Civil Veterinary Department. Madras. Admin. report 1926-33 - 1926-1933
Year: 1926
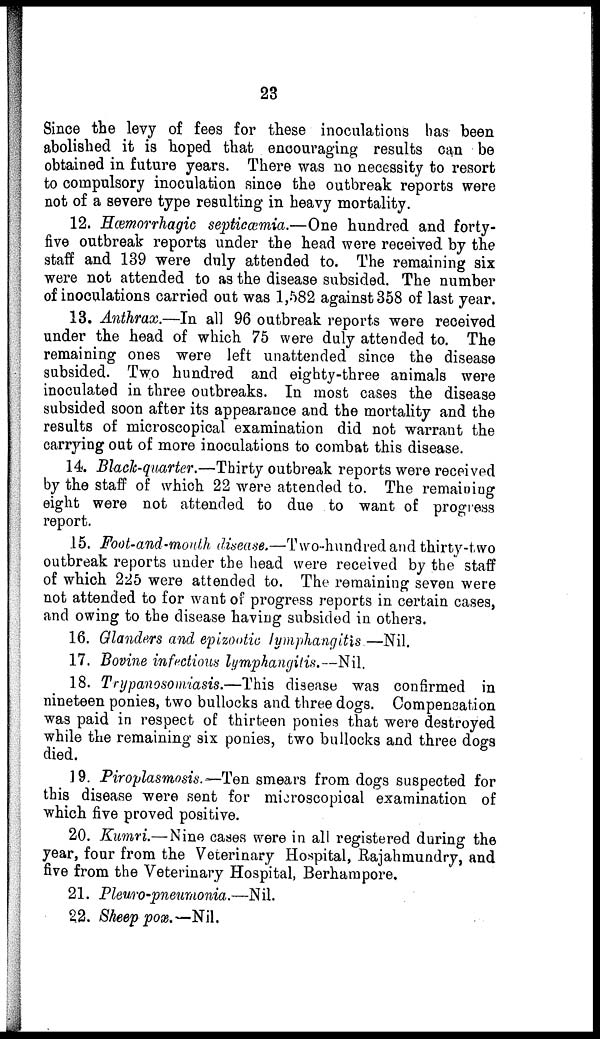
23
Since the levy of fees for these inoculations has been
abolished it is hoped that encouraging results can be
obtained in future years. There was no necessity to resort
to compulsory inoculation since the outbreak reports were
not of a severe type resulting in heavy mortality.
12. Hæmorrhagic septicæmia.—One hundred and forty-
five outbreak reports under the head were received by the
staff and 139 were duly attended to. The remaining six
were not attended to as the disease subsided. The number
of inoculations carried out was 1,582 against 358 of last year.
13. Anthrax.—In all 96 outbreak reports were received
under the head of which 75 were duly attended to. The
remaining ones were left unattended since the disease
subsided. Two hundred and eighty-three animals were
inoculated in three outbreaks. In most cases the disease
subsided soon after its appearance and the mortality and the
results of microscopical examination did not warrant the
carrying out of more inoculations to combat this disease.
14. Black-quarter.—Thirty outbreak reports were received
by the staff of which 22 were attended to. The remaining
eight were not attended to due to want of progress
report.
15. Foot-and-mouth disease.—Two-hundred and thirty-two
outbreak reports under the head were received by the staff
of which 225 were attended to. The remaining seven were
not attended to for want of progress reports in certain cases,
and owing to the disease having subsided in others.
16. Glanders and epizootic lymphangitis—Nil.
17. Bovine infrctious lymphangitis.—Nil.
18. Trypanosomiasis.—This disease was confirmed in
nineteen ponies, two bullocks and three dogs. Compensation
was paid in respect of thirteen ponies that were destroyed
while the remaining six ponies, two bullocks and three dogs
died.
19. Piroplasmosis.—Ten smears from dogs suspected for
this disease were sent for microscopical examination of
which five proved positive.
20. Kumri.—Nine cases were in all registered during the
year, four from the Veterinary Hospital, Rajahmundry, and
five from the Veterinary Hospital, Berhampore.
21. Pleuro-pneumonia.—Nil.
22. Sheep pox.— Nil.